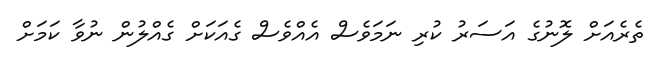
ތެރެއަށް ލޮނުގެ އަސަރު ކުރި ނަމަވެސް އެއްވެސް ގެއަކަށް ގެއްލުން ނުވާ ކަމަށް